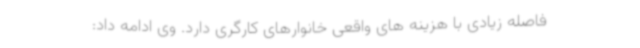
فاصله زیادی با هزینه های واقعی خانوارهای کارگری دارد. وی ادامه داد: